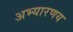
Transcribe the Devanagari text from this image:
अभ्‍यारणय